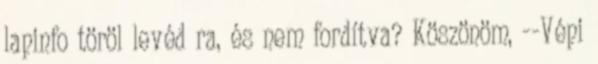
lapinfo töröl levéd ra, és nem fordítva? Köszönöm, --Vépi